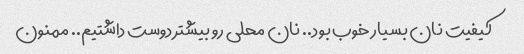
کیفیت نان بسیار خوب بود.. نان محلی رو بیشتر دوست داشتیم.. ممنون